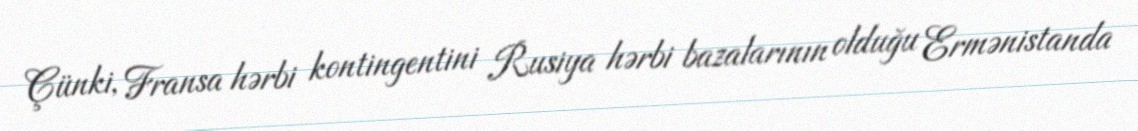
Çünki, Fransa hərbi kontingentini Rusiya hərbi bazalarının olduğu Ermənistanda